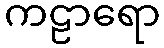
ကဠာရော